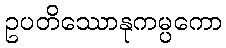
ဥပတိဿောနုကမ္ပကော